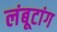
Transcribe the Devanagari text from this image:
लंबूटांग